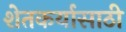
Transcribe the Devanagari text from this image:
शेतकर्यासाठी